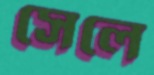
সেলে